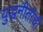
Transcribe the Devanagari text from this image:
युद्धनीतीची